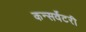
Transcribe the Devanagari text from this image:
कन्सर्वेटरी